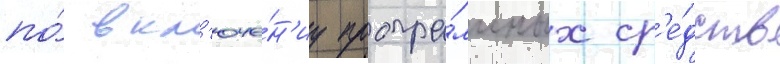
по́ вкл'юче́н'иу програ́ммных ср'е́дств